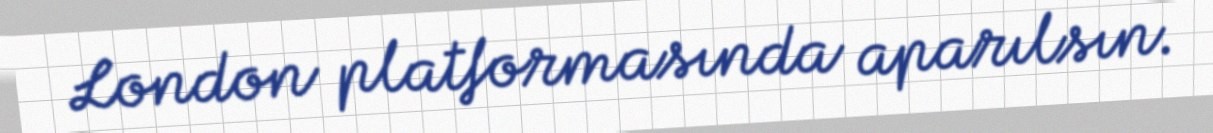
London platformasında aparılsın.